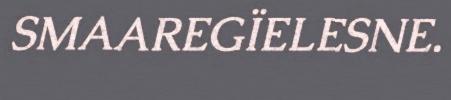
SMAAREGÏELESNE.